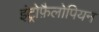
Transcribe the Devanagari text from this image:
इंट्रोफ़ैलोपियन